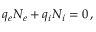
q _ { e } N _ { e } + q _ { i } N _ { i } = 0 \, ,